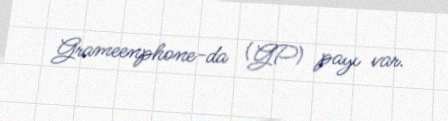
Grameenphone-da (GP) payı var.